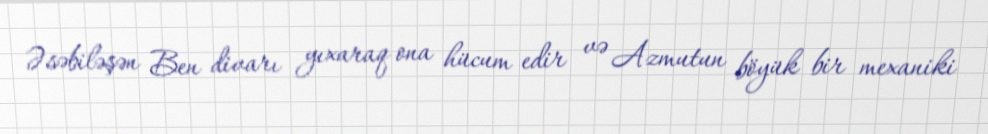
Əsəbiləşən Ben divarı yıxaraq ona hücum edir və Azmutun böyük bir mexaniki